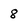
Character: 8